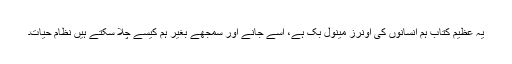
یہ عظیم کتاب ہم انسانوں کی اونرز مینول بک ہے، اسے جانے اور سمجھے بغیر ہم کیسے چلا سکتے ہیں نظام حیات۔